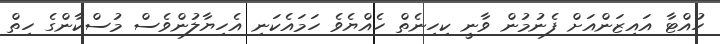
ހުއްޓާ އައިޒަންއަށް ފެނުމުން ވާނީ ކިހިނެތް ހެއްޔެވެ ހަމައެކަނި އެހިޔާލުންވެސް މުސްކާންގެ ހިތް